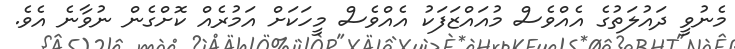
މެނުވީ ދައުލަތުގެ އެއްވެސް މުއައްޒަފަކު އެއްވެސް މީހަކަށް އަމުރެއް ކޮށްގެން ނުވާނެ އެވެ.